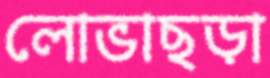
লোভাছড়া